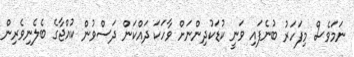
ނަމަވެސް މިފަހަރު ބުނެފައި ވަނީ ކުޑަކުދިންނަށް ވާހަކަ ދައްކަން ދަސްވުން ކުއްޖާގެ ބެލެނިވެރިން